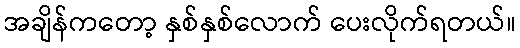
အချိန်ကတော့ နှစ်နှစ်လောက် ပေးလိုက်ရတယ်။